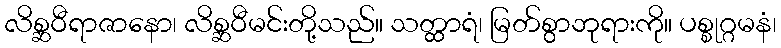
လိစ္ဆဝီရာဇာနော၊ လိစ္ဆဝီမင်းတို့သည်။ သတ္ထာရံ၊ မြတ်စွာဘုရားကို။ ပစ္စုဂ္ဂမနံ၊